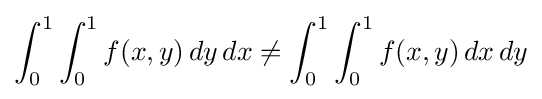
\int _{0}^{1}\int _{0}^{1}f(x,y)\,dy\,dx\neq \int _{0}^{1}\int _{0}^{1}f(x,y)\,dx\,dy